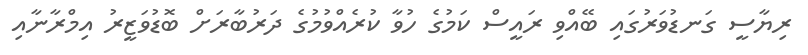
ރިޔާސީ ގަނޑުވަރުގައި ބޭއްވި ރައީސް ކަމުގެ ހުވާ ކުރެއްވުމުގެ ދަރުބާރަށް ބޮޑުވަޒީރު އިމްރާނާއި